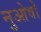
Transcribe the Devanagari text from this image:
नुओवो